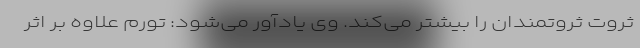
ثروت ثروتمندان را بیشتر می‌کند. وی یادآور می‌شود: تورم علاوه بر اثر